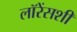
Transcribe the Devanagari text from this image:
लॉरेंसशी